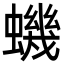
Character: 蟣